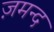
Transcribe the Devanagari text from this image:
ज़मन्द